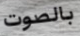
بالصوت